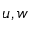
u , w